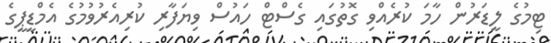
ޓިމުގެ ލީޑަރުން ހާމަ ކުރެއްވި ގޮތުގައި ގެސްޓް ހައުސް ވިޔަފާރި ކުރިއެރުވުމުގެ އެމްޑީޕީގެ